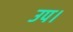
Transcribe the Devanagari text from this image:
उप।